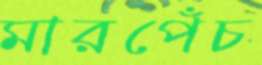
মারপেঁচ